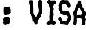
: VIVA